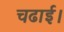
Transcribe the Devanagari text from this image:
चढाई।